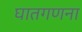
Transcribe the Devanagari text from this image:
घातगणना